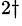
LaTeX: ^{2\dagger}